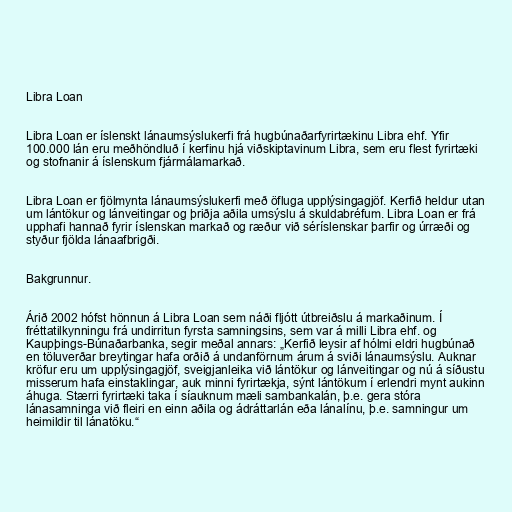
Libra Loan

Libra Loan er íslenskt lánaumsýslukerfi frá hugbúnaðarfyrirtækinu Libra ehf. Yfir
100.000 lán eru meðhöndluð í kerfinu hjá viðskiptavinum Libra, sem eru flest fyrirtæki
og stofnanir á íslenskum fjármálamarkað.

Libra Loan er fjölmynta lánaumsýslukerfi með öfluga upplýsingagjöf. Kerfið heldur utan
um lántökur og lánveitingar og þriðja aðila umsýslu á skuldabréfum. Libra Loan er frá
upphafi hannað fyrir íslenskan markað og ræður við séríslenskar þarfir og úrræði og
styður fjölda lánaafbrigði.

Bakgrunnur.

Árið 2002 hófst hönnun á Libra Loan sem náði fljótt útbreiðslu á markaðinum. Í
fréttatilkynningu frá undirritun fyrsta samningsins, sem var á milli Libra ehf. og
Kaupþings-Búnaðarbanka, segir meðal annars: „Kerfið leysir af hólmi eldri hugbúnað
en töluverðar breytingar hafa orðið á undanförnum árum á sviði lánaumsýslu. Auknar
kröfur eru um upplýsingagjöf, sveigjanleika við lántökur og lánveitingar og nú á síðustu
misserum hafa einstaklingar, auk minni fyrirtækja, sýnt lántökum í erlendri mynt aukinn
áhuga. Stærri fyrirtæki taka í síauknum mæli sambankalán, þ.e. gera stóra
lánasamninga við fleiri en einn aðila og ádráttarlán eða lánalínu, þ.e. samningur um
heimildir til lánatöku.“